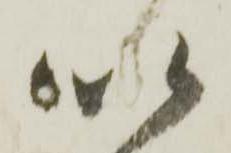
以